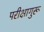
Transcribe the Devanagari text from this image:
परीक्षागुरू